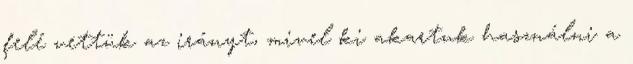
felé vettük az irányt, mivel ki akartuk használni a